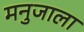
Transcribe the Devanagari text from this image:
मनुजाला